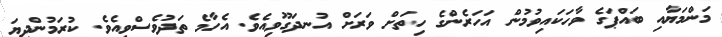
މަންމަޔާއި ބައްޕަގެ ވާހަކައިވުމުން އަހަރެންގެ ހިތަށް ވަރަށް އުނދަގޫވިއެވެ. އެހާމެ ތަދުވެސްވިއެވެ. ކުރަމުންދިޔަ